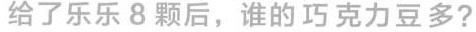
给了乐乐8颗后，谁的巧克力豆多？